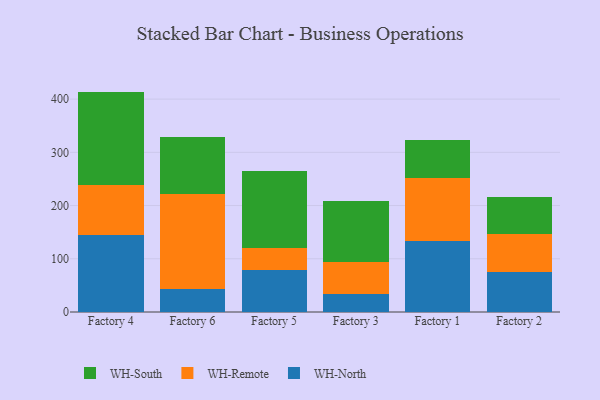
{"axis": {"x": "Factory", "y": "Churn Rate (%)"}, "legend": ["WH-North", "WH-Remote", "WH-South"], "data": [{"x": "Factory 4", "y": 144.8, "type": "WH-North"}, {"x": "Factory 4", "y": 94.1, "type": "WH-Remote"}, {"x": "Factory 4", "y": 175.2, "type": "WH-South"}, {"x": "Factory 6", "y": 44.0, "type": "WH-North"}, {"x": "Factory 6", "y": 177.3, "type": "WH-Remote"}, {"x": "Factory 6", "y": 108.3, "type": "WH-South"}, {"x": "Factory 5", "y": 79.7, "type": "WH-North"}, {"x": "Factory 5", "y": 41.2, "type": "WH-Remote"}, {"x": "Factory 5", "y": 144.7, "type": "WH-South"}, {"x": "Factory 3", "y": 34.6, "type": "WH-North"}, {"x": "Factory 3", "y": 59.3, "type": "WH-Remote"}, {"x": "Factory 3", "y": 114.1, "type": "WH-South"}, {"x": "Factory 1", "y": 133.8, "type": "WH-North"}, {"x": "Factory 1", "y": 118.2, "type": "WH-Remote"}, {"x": "Factory 1", "y": 70.6, "type": "WH-South"}, {"x": "Factory 2", "y": 75.3, "type": "WH-North"}, {"x": "Factory 2", "y": 71.5, "type": "WH-Remote"}, {"x": "Factory 2", "y": 68.8, "type": "WH-South"}]}